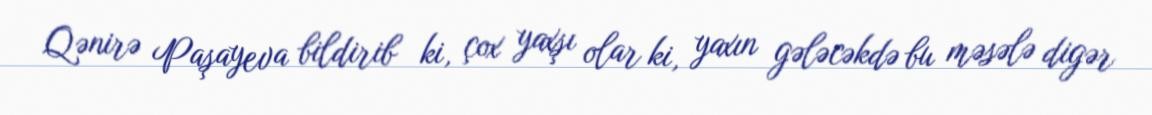
Qənirə Paşayeva bildirib ki, çox yaxşı olar ki, yaxın gələcəkdə bu məsələ digər